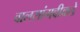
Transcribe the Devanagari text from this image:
वालसांगवीकडे